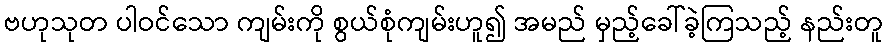
ဗဟုသုတ ပါဝင်သော ကျမ်းကို စွယ်စုံကျမ်းဟူ၍ အမည် မှည့်ခေါ်ခဲ့ကြသည့် နည်းတူ